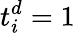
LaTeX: t_{i}^{d}=1